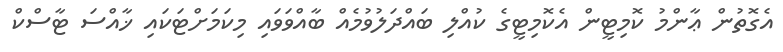
އެގޮތުން ޢާންމު ކޮމިޓީން އެކޮމިޓީގެ ކުއްލި ބައްދަލުވުމެއް ބާއްވަވައި މިކަމަށްޓަކައި ޚާއްސަ ޓާސްކް